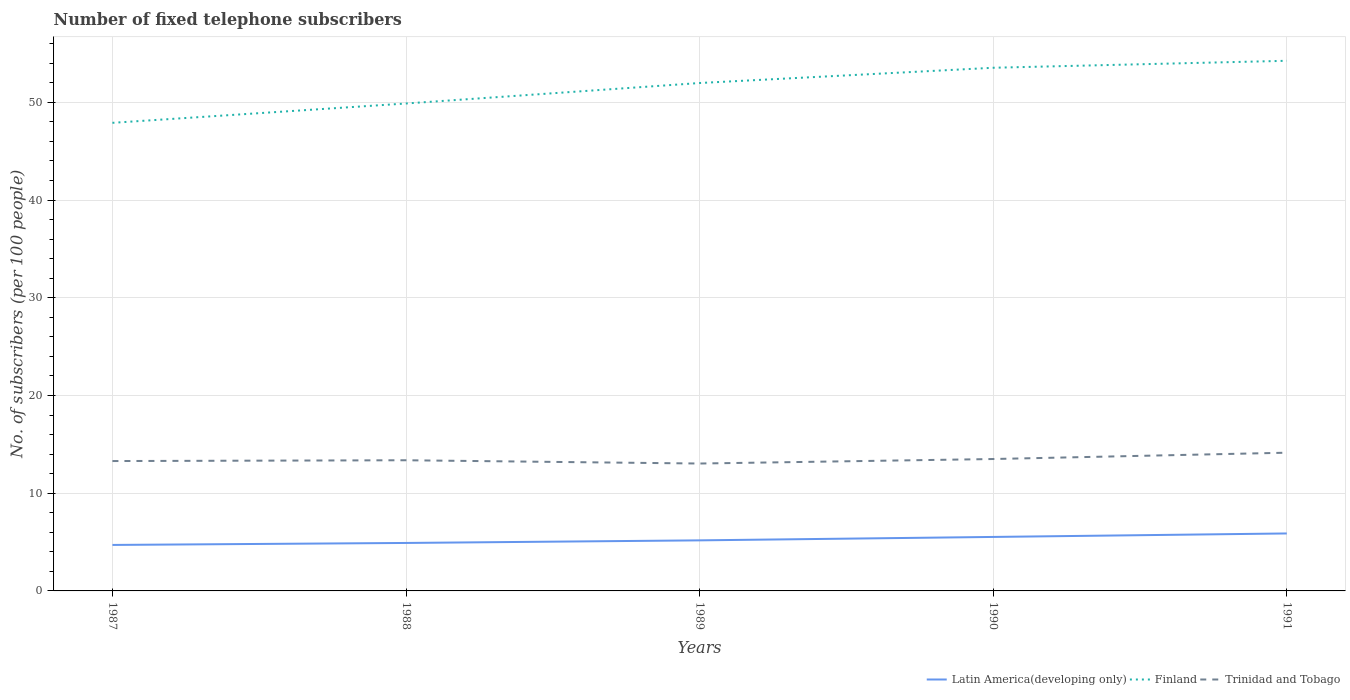
| Years | Latin America(developing only) | Finland | Trinidad and Tobago |
 | --- | --- | --- | --- |
 | 1987 | 4.71 | 47.9 | 13.3 |
 | 1988 | 4.91 | 49.9 | 13.4 |
 | 1989 | 5.17 | 52 | 13 |
 | 1990 | 5.52 | 53.5 | 13.5 |
 | 1991 | 5.88 | 54.3 | 14.1 |